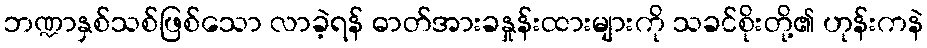
ဘဏ္ဍာနှစ်သစ်ဖြစ်သော လာခဲ့ရန် ဓာတ်အားခနှုန်းထားများကို သခင်စိုးတို့၏ ဟုန်းကနဲ